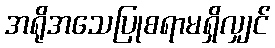
အရိုအသေပြုစရာမရှိလျှင်